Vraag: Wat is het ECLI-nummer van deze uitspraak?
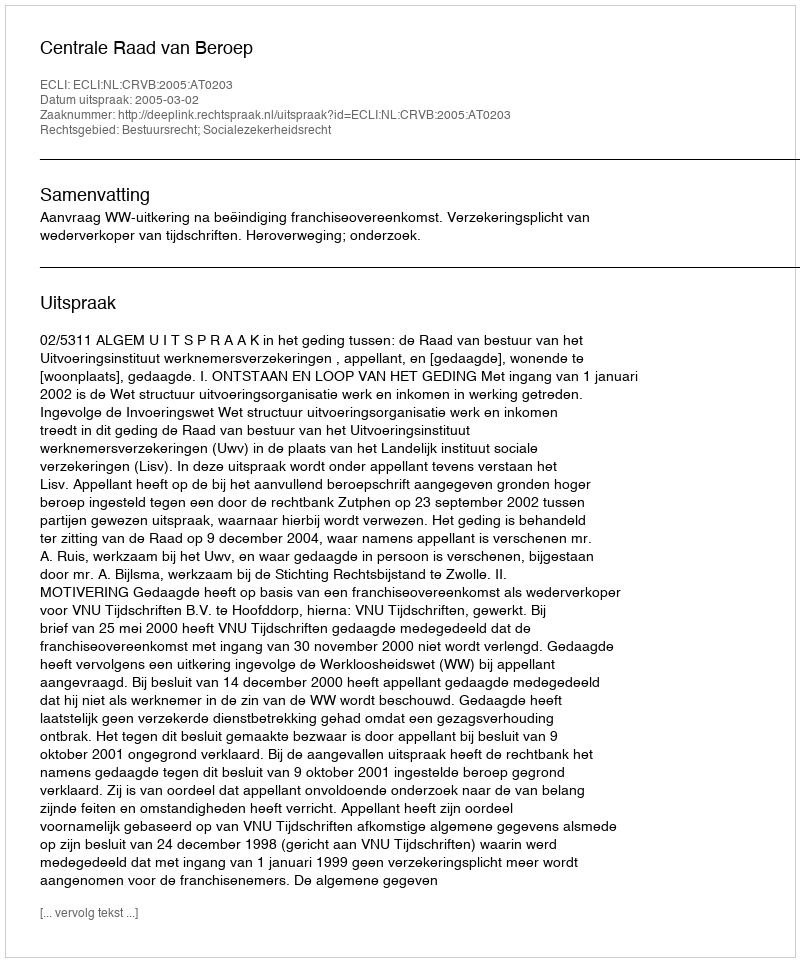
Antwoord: ECLI:NL:CRVB:2005:AT0203